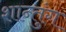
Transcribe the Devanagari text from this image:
शान्तुंग